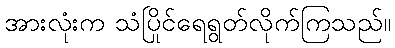
အားလုံးက သံပြိုင်ရေရွတ်လိုက်ကြသည်။